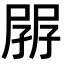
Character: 𡥷